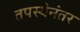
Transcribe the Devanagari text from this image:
तपस्येनंतर